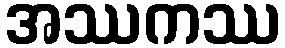
အဿကဿ